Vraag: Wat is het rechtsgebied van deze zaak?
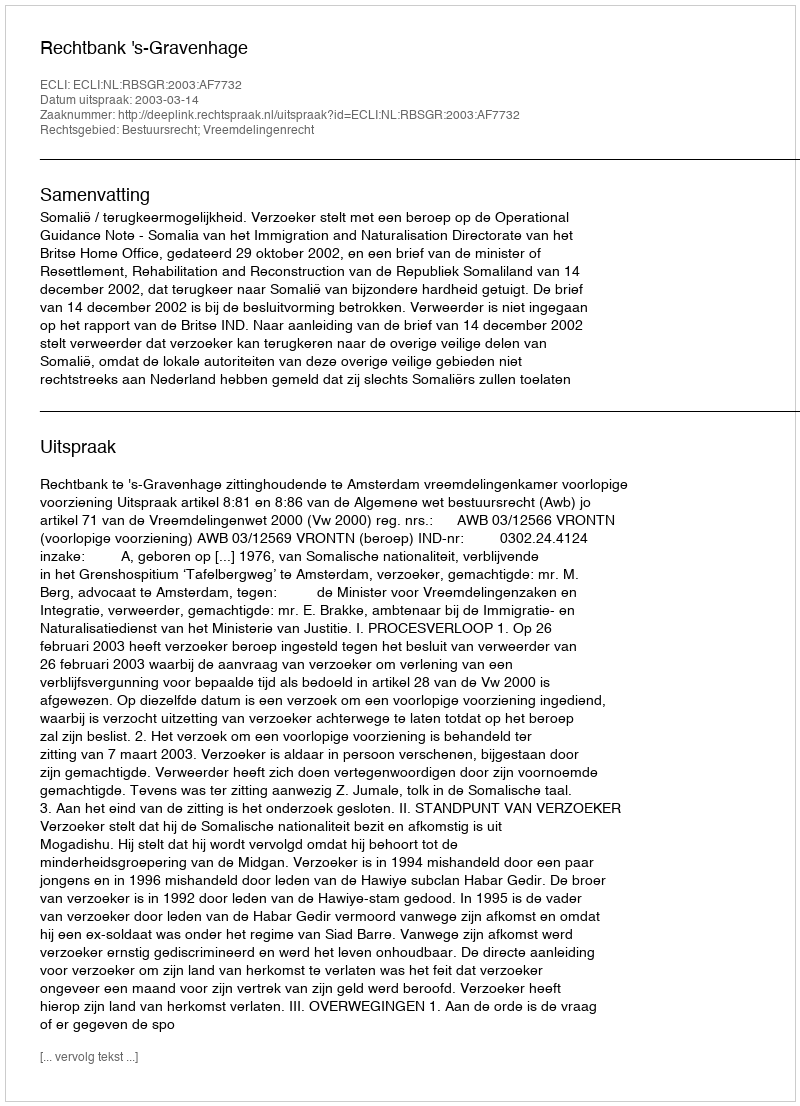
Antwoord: Bestuursrecht; Vreemdelingenrecht